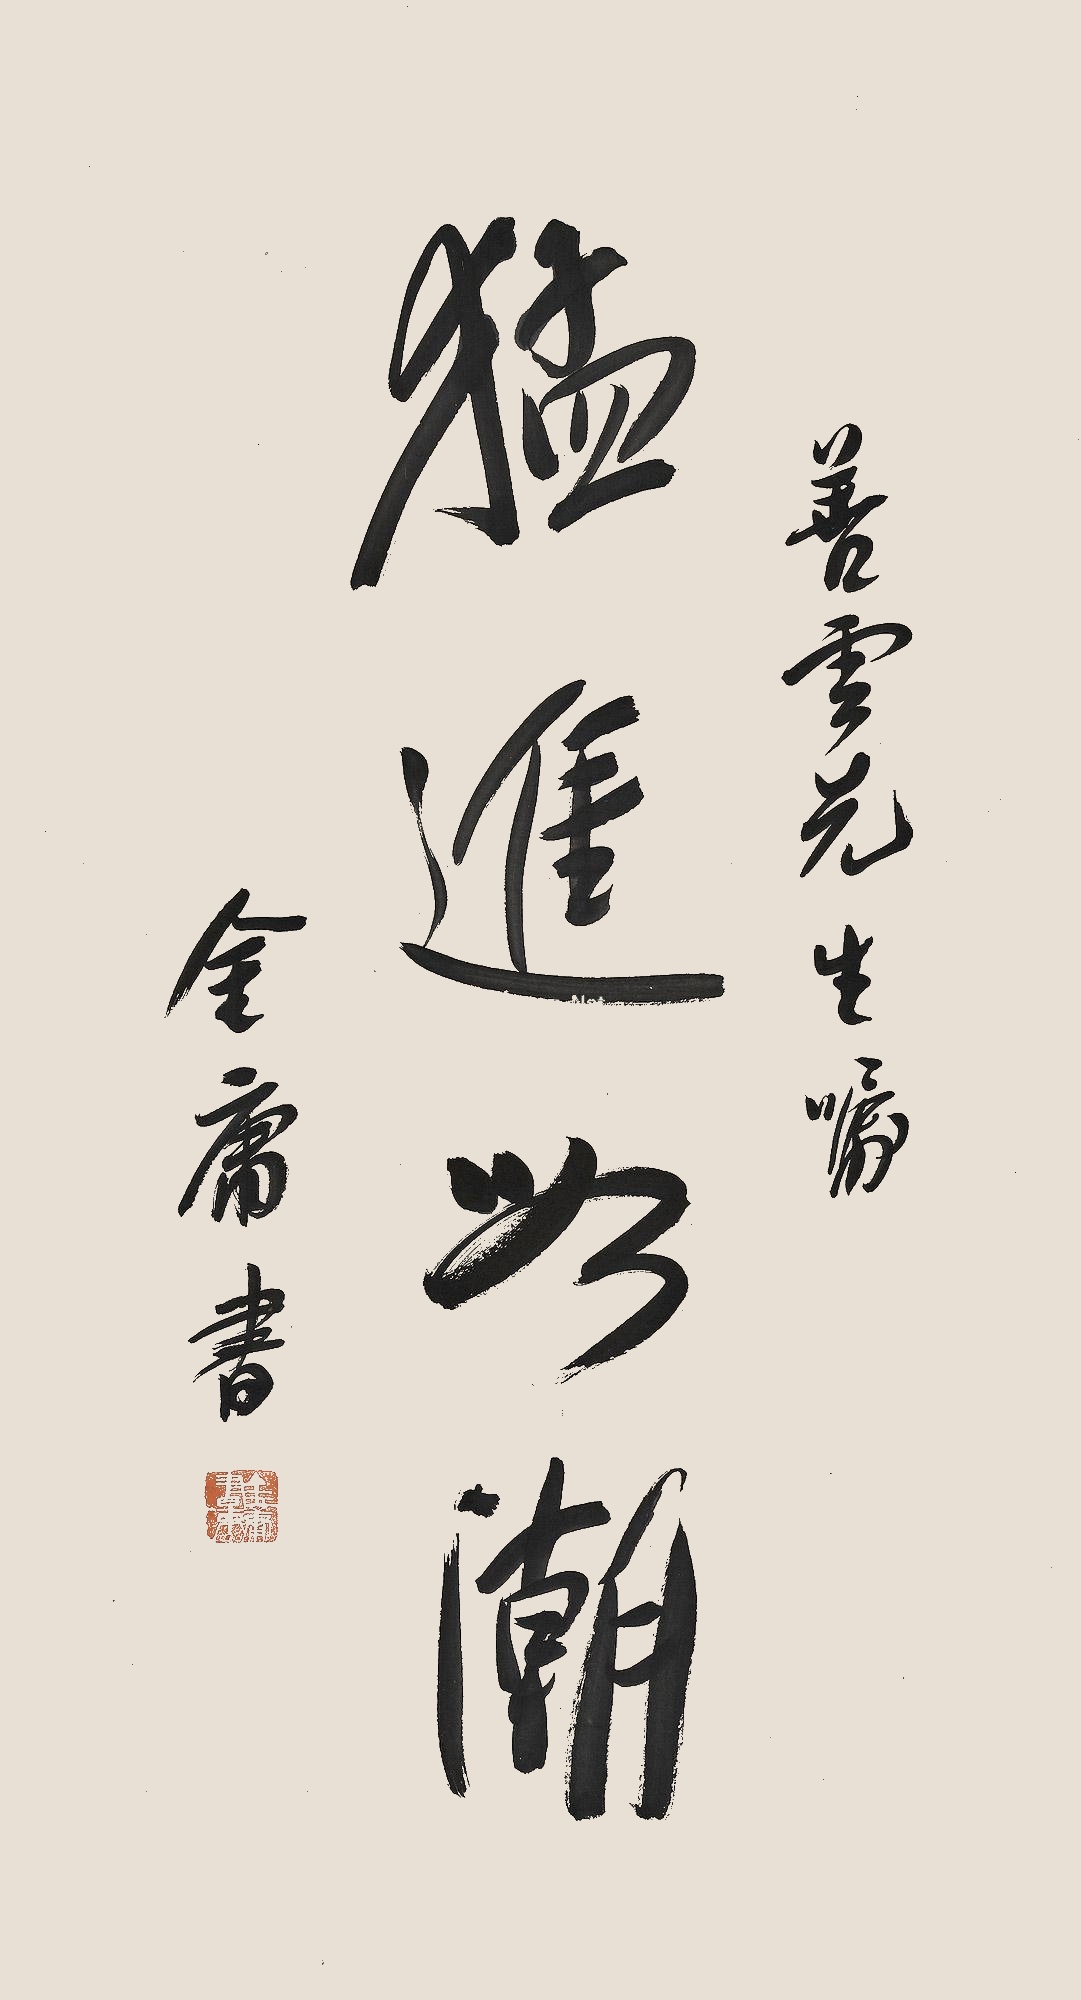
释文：猛进如潮善云先生嘱，金庸书。